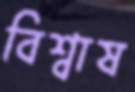
বিশ্বাষ